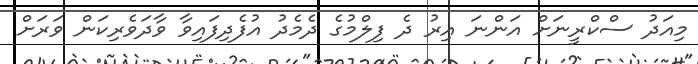
މިއަދު ސްކްރީނަށް އަންނަ އިރު ދެ ފިލްމުގެ ދެމެދު އުފެދިފައިވާ ވާދަވެރިކަން ވަރަށް